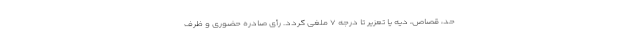
حد، قصاص، دیه یا تعزیر تا درجه ۷ ملغی گردد. رأی صادره حضوری و ظرف